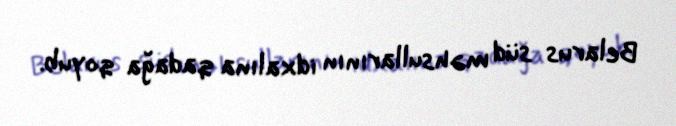
Belarus süd məhsullarının idxalına qadağa qoyub.